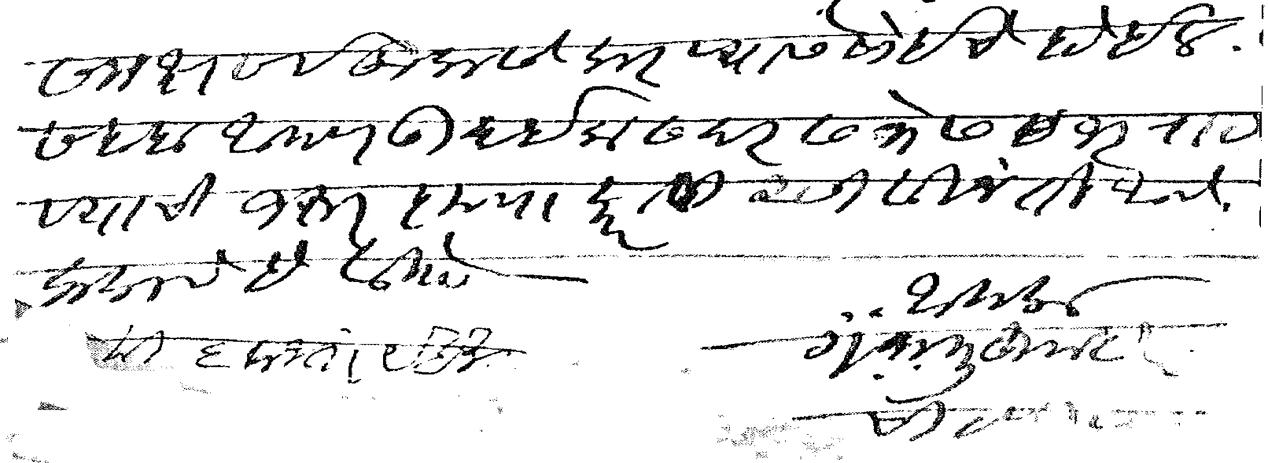
Transliteration (Devanagari): समक्ष सर्व खुलासे करण्यास सोईचे होईल सबब आपण उदईक सदरसभेस हजर राहण्याची जरूर कृपा करावी असी विनंती आहे कळावे हे वि मी ६ वाजता येईन आपला मं भा मुजुमदार चिटणीस